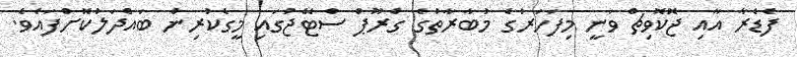
ފެޑެރާ އާއި ޖޮކޮވިޗް ވަނީ މިފަހަރުގެ މުބާރާތުގެ ގްރޫޕް ސްޓޭޖުގައި މީގެކުރިން ބައްދަލުކޮށްފައެވެ.